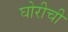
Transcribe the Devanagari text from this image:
घोरीची